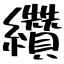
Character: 纘